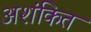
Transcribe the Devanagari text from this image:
अशंकित